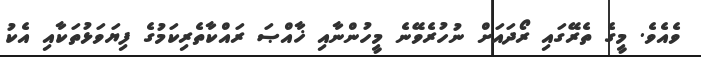
ވެއެވެ. މީގެ ތެރޭގައި ރޯދައަށް ނުހުރެވޭނެ މީހުންނާއި ޚާއްޞަ ރައްކާތެރިކަމުގެ ފިޔަވަޅުތަކާއި އެކު